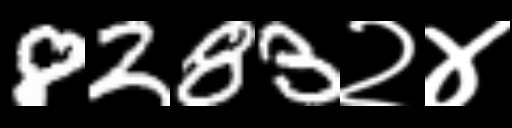
Text: 8283२४